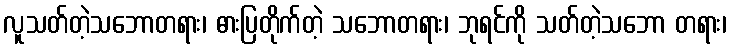
လူသတ်တဲ့သဘောတရား၊ ဓားပြတိုက်တဲ့ သဘောတရား၊ ဘုရင်ကို သတ်တဲ့သဘော တရား၊